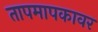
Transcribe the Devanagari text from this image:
तापमापकावर